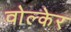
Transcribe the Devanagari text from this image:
वोल्केर